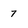
Character: 7